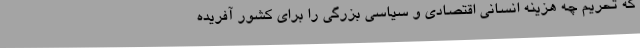
که تحریم چه هزینه انسانی اقتصادی و سیاسی بزرگی را برای کشور آفریده